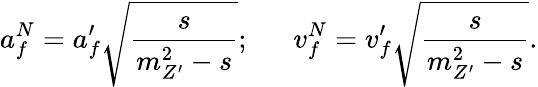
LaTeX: a_{f}^{N}=a_{f}^{\prime}\displaystyle{\sqrt{\frac{s}{m_{Z^{\prime}}^{2}-s}}};~~~~~~v_{f}^{N}=v_{f}^{\prime}\displaystyle{\sqrt{\frac{s}{m_{Z^{\prime}}^{2}-s}}}.